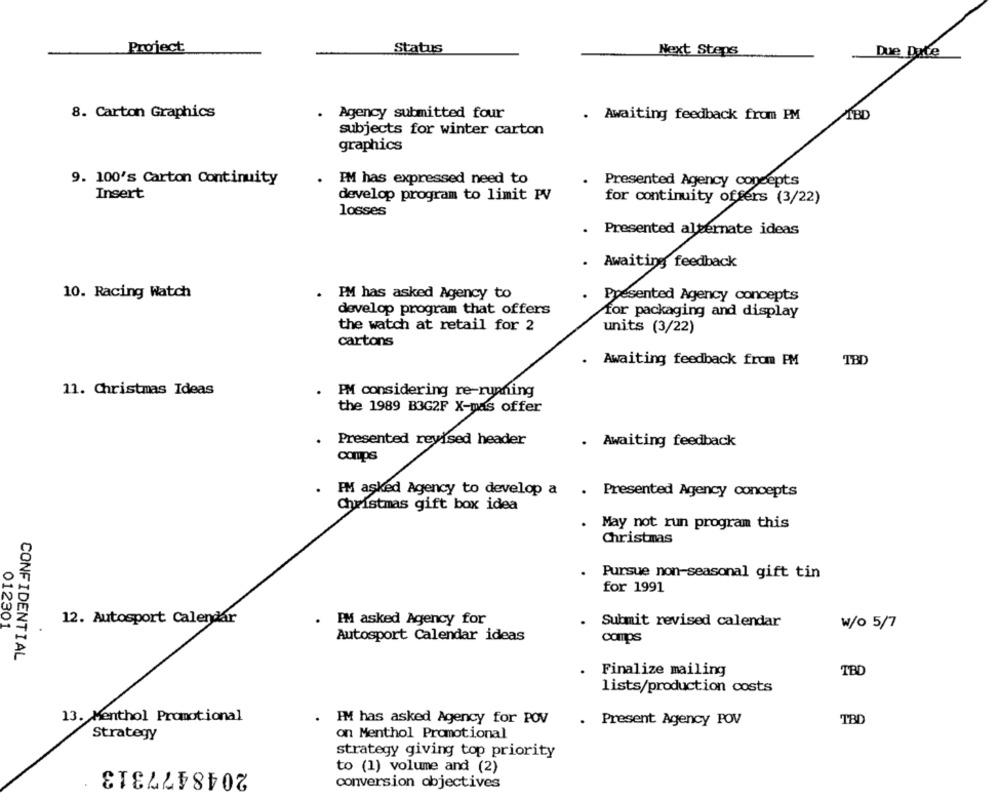
Project
Status
Next Steps
Due Date
8. Carton Graphics
Agency submitted four
. Awaiting feedback from PM
TBD
subjects for winter carton
graphics
9. 100's Carton Continuity
PM has expressed need to
Presented Agency concepts
Insert
develop program to limit PV
for continuity offers (3/22)
losses
Presented alternate ideas
Awaiting feedback
10. Racing Watch
IM has asked Agency to
Presented Agency concepts
develop program that offers
for packaging and display
the watch at retail for 2
units (3/22)
cartons
TBD
Awaiting feedback from PM
11. Christmas Ideas
PM considering re-running
the 1989 B3G2F X-mas offer
. Presented revised header
. Awaiting feedback
comps
PM asked Agency to develop a . Presented Agency concepts
Christmas gift box idea
. May not run program this
Christmas
.
Pursue non-seasonal gift tin
for 1991
12. Autosport Calendar
. PM asked Agency for
. Submit revised calendar
w/o 5/7
012301
Autosport Calendar ideas
camps
CONFIDENTIAL
TBD
Finalize mailing
lists/production costs
13. Menthol Promotional
.
IM has asked Agency for POV
TBD
. Present Agency POV
Strategy
on Menthol Promotional
strategy giving top priority
2048477313
to (1) volume and (2)
conversion objectives